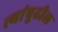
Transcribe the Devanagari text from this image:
त्यांपुढील